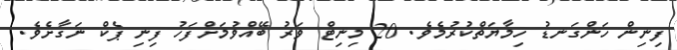
ފިނިން ހަންގަނޑު ހިމާޔަތްކުރުމެވެ. 20 މިނިޓް ވަރު ބޭއްވުމަށްފަހު ފިނި ޕެކް ނަގާށެވެ.